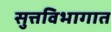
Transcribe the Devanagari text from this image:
सुत्तविभागात